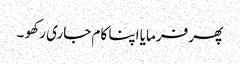
پھر فرمایا اپنا کام جاری رکھو ۔